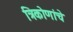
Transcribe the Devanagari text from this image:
त्रिकोणांचे